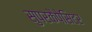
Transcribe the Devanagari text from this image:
सुपरकैपेसिटर